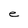
Character: e